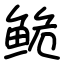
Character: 𬶏